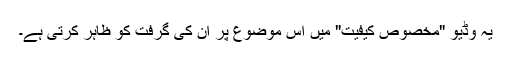
یہ وڈیو "مخصوص کیفیت" میں اس موضوع پر ان کی گرفت کو ظاہر کرتی ہے۔